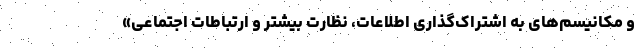
و مکانیسم‌های به اشتراک‌گذاری اطلاعات، نظارت بیشتر و ارتباطات اجتماعی»